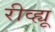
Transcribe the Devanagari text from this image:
रीव्ह्यू